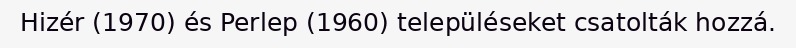
Hizér (1970) és Perlep (1960) településeket csatolták hozzá.